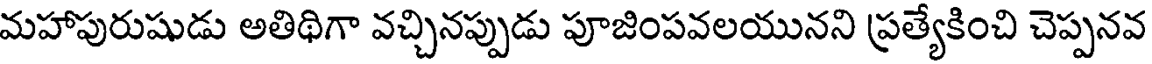
మహాపురుషుడు అతిథిగా వచ్చినప్పుడు పూజింపవలయునని ప్రత్యేకించి చెప్పనవ